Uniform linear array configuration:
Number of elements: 8
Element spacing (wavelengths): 0.5
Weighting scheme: hann
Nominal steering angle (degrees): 30
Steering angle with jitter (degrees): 28.18
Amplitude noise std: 0.05
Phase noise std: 0.05

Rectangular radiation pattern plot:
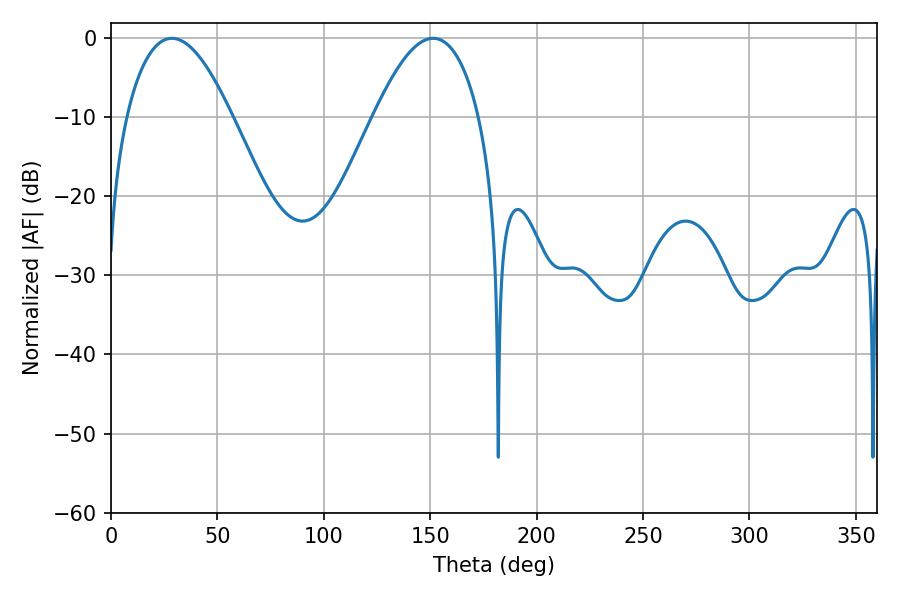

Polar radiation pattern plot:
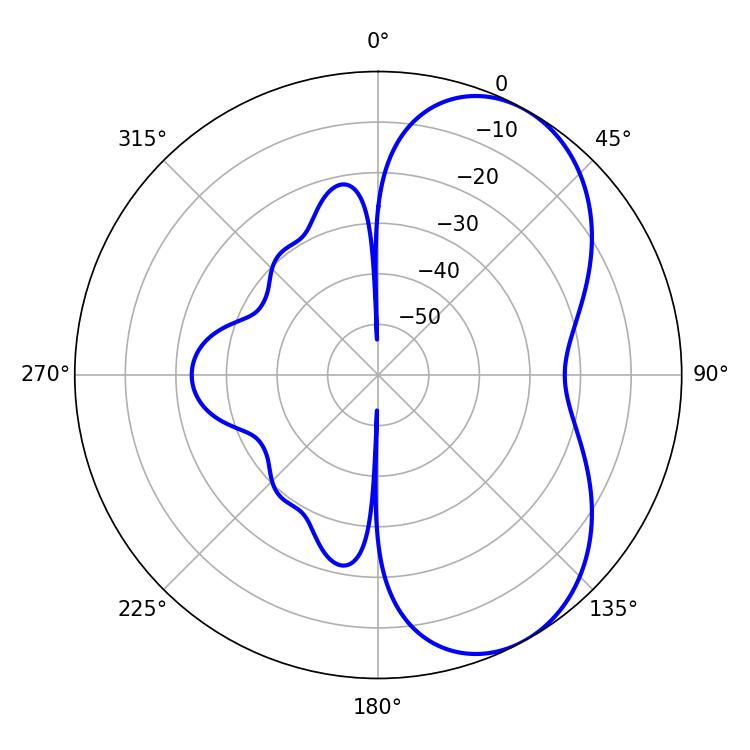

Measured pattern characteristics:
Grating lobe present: FALSE
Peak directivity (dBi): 5.885
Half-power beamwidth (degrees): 27.18
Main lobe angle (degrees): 28.62